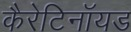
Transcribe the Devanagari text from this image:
कैरेटिनॉयड